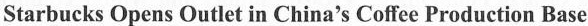
Starbucks Opens Outlet in China's Coffee Production Base